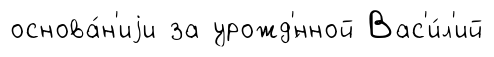
основа́н'иjи за урожд'́нной Вас'и́л'ий